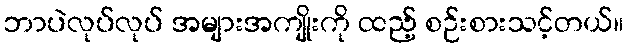
ဘာပဲလုပ်လုပ် အများအကျိုးကို ထည့် စဉ်းစားသင့်တယ်။